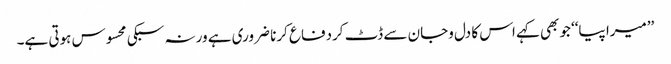
’’میرا پیا‘‘ جوبھی کہے اس کا دل وجان سے ڈٹ کردفاع کرنا ضروری ہے ورنہ سبکی محسوس ہوتی ہے۔